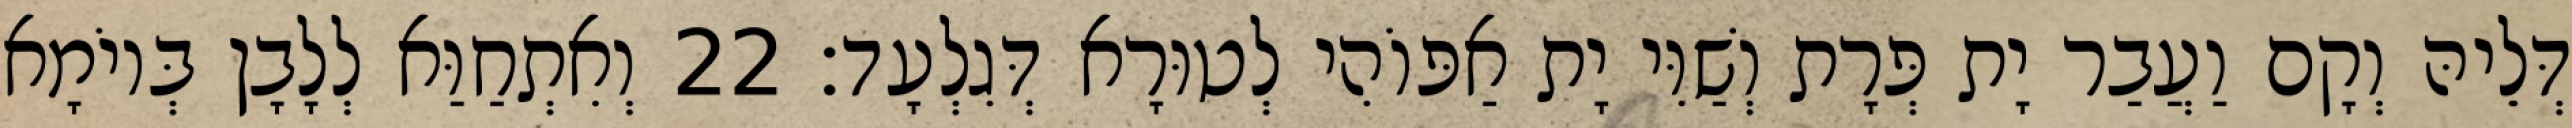
דְּלֵיהּ וְקָם וַעֲבַר יָת פְּרָת וְשַׁוִּי יָת אַפּוֹהִי לְטוּרָא דְּגִלְעָד׃ 22 וְאִתְחַוַּא לְלָבָן בְּיוֹמָא